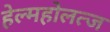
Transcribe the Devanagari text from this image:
हेल्महोलत्ज